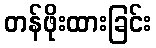
တန်ဖိုးထားခြင်း